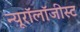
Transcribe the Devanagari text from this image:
न्यूरॉलॉजीस्ट